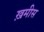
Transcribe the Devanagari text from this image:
ख़मीस